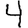
Digit: 4